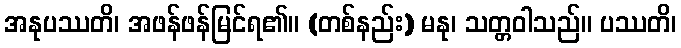
အနုပဿတိ၊ အဖန်ဖန်မြင်ရ၏။ (တစ်နည်း) မနု၊ သတ္တဝါသည်။ ပဿတိ၊